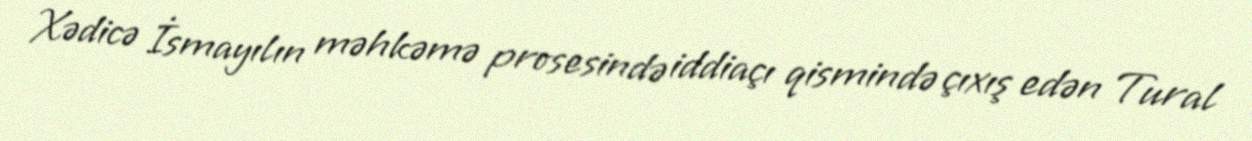
Xədicə İsmayılın məhkəmə prosesində iddiaçı qismində çıxış edən Tural